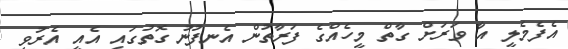
އެފެމެލީ އާ ވަރަށް ގާތް މީހެއްގެ ފަރާތުން އެނފުނު ގޮތުގައި އެއީ އެރުވި